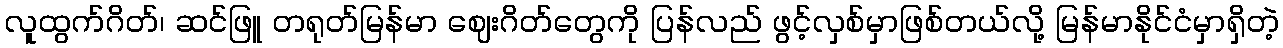
လူထွက်ဂိတ်၊ ဆင်ဖြူ တရုတ်မြန်မာ ဈေးဂိတ်တွေကို ပြန်လည် ဖွင့်လှစ်မှာဖြစ်တယ်လို့ မြန်မာနိုင်ငံမှာရှိတဲ့